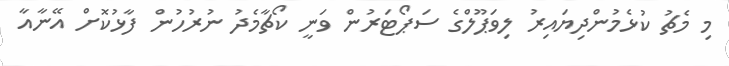
މި މެޗު ކުޅެމުންދިޔައިރު ލިވަޕޫލްގެ ސަޕޯޓަރުން ވަނީ ކޯޗާމެދު ނުރުހުން ފާޅުކޮށް އޭނާއާ